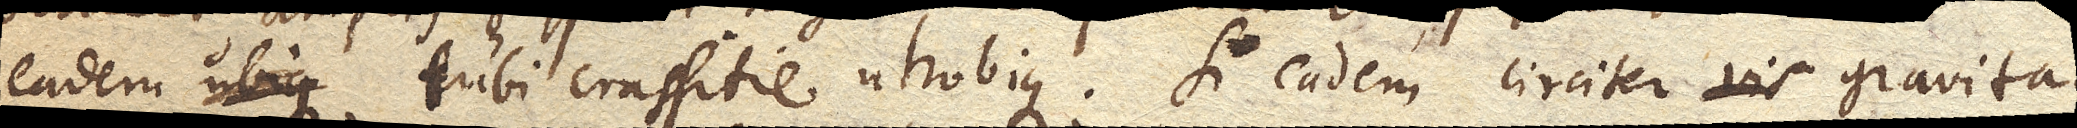
eadem ubique tubi crassitie utrobique. Si eadem circiter vis gravitas